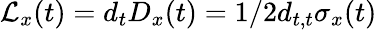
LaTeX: \mathcal{L}_{x}(t)=d_{t}D_{x}(t)=1/2d_{t,t}\sigma_{x}(t)